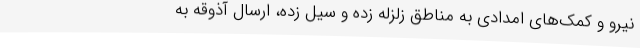
نیرو و کمک‌های امدادی به مناطق زلزله زده و سیل زده، ارسال آذوقه به